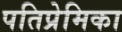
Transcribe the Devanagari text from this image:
पतिप्रेमिका